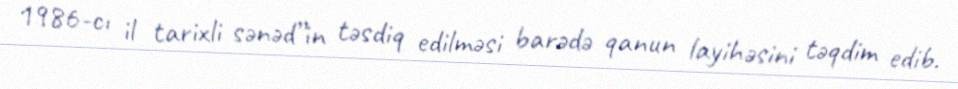
1986-cı il tarixli sənəd”in təsdiq edilməsi barədə qanun layihəsini təqdim edib.